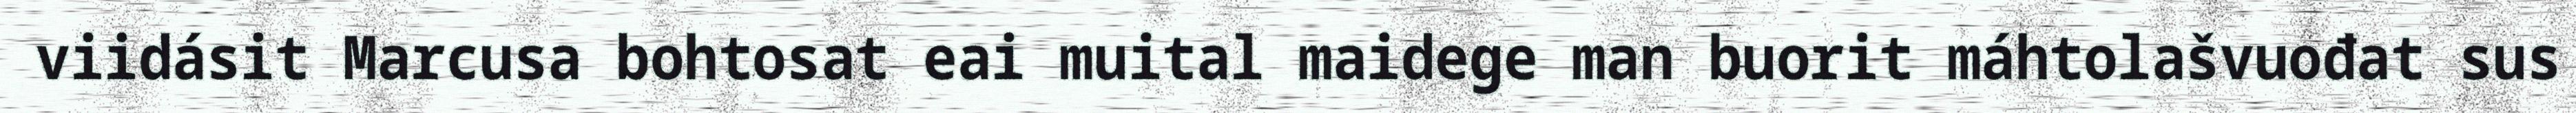
viidásit Marcusa bohtosat eai muital maidege man buorit máhtolašvuođat sus